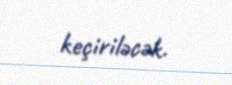
keçiriləcək.